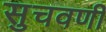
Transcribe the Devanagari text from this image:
सुचवणी